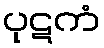
ပုဋကံ